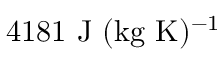
4 1 8 1 ~ \mathrm { J ~ ( k g ~ K ) ^ { - 1 } }